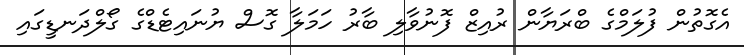
އެގޮތުން ފުލަމްގެ ބްރަޔާން ރުއިޒް ފޮނުވާލި ބާރު ހަމަލާ ގޮސް ޔުނައިޓެޑްގެ ގޯލްދަނޑީގައި